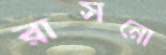
রাসনো